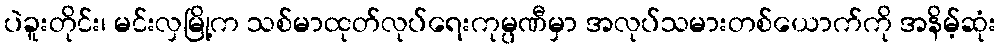
ပဲခူးတိုင်း၊ မင်းလှမြို့က သစ်မာထုတ်လုပ်ရေးကုမ္ပဏီမှာ အလုပ်သမားတစ်ယောက်ကို အနိမ့်ဆုံး